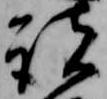
諸